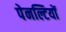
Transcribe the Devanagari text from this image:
पेनल्टियों